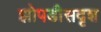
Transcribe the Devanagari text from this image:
झोपडीसदृश